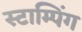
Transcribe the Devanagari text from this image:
स्टाम्पिंग